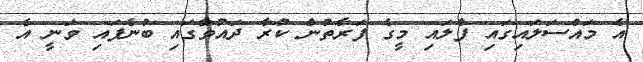
އެ މައްސަލައިގައި ފްލައި މީގެ ފަރާތުން ކުރާ ދައުވާގައި ބުނެފައި ވަނީ އެ